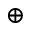
\oplus